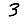
Digit: 3